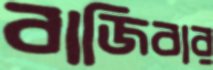
বাজিবার